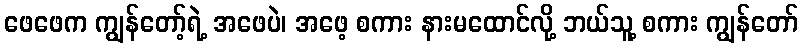
ဖေဖေက ကျွန်တော့်ရဲ့ အဖေပဲ၊ အဖေ့ စကား နားမထောင်လို့ ဘယ်သူ့ စကား ကျွန်တော်